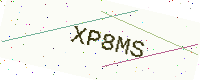
Text: XP8MS